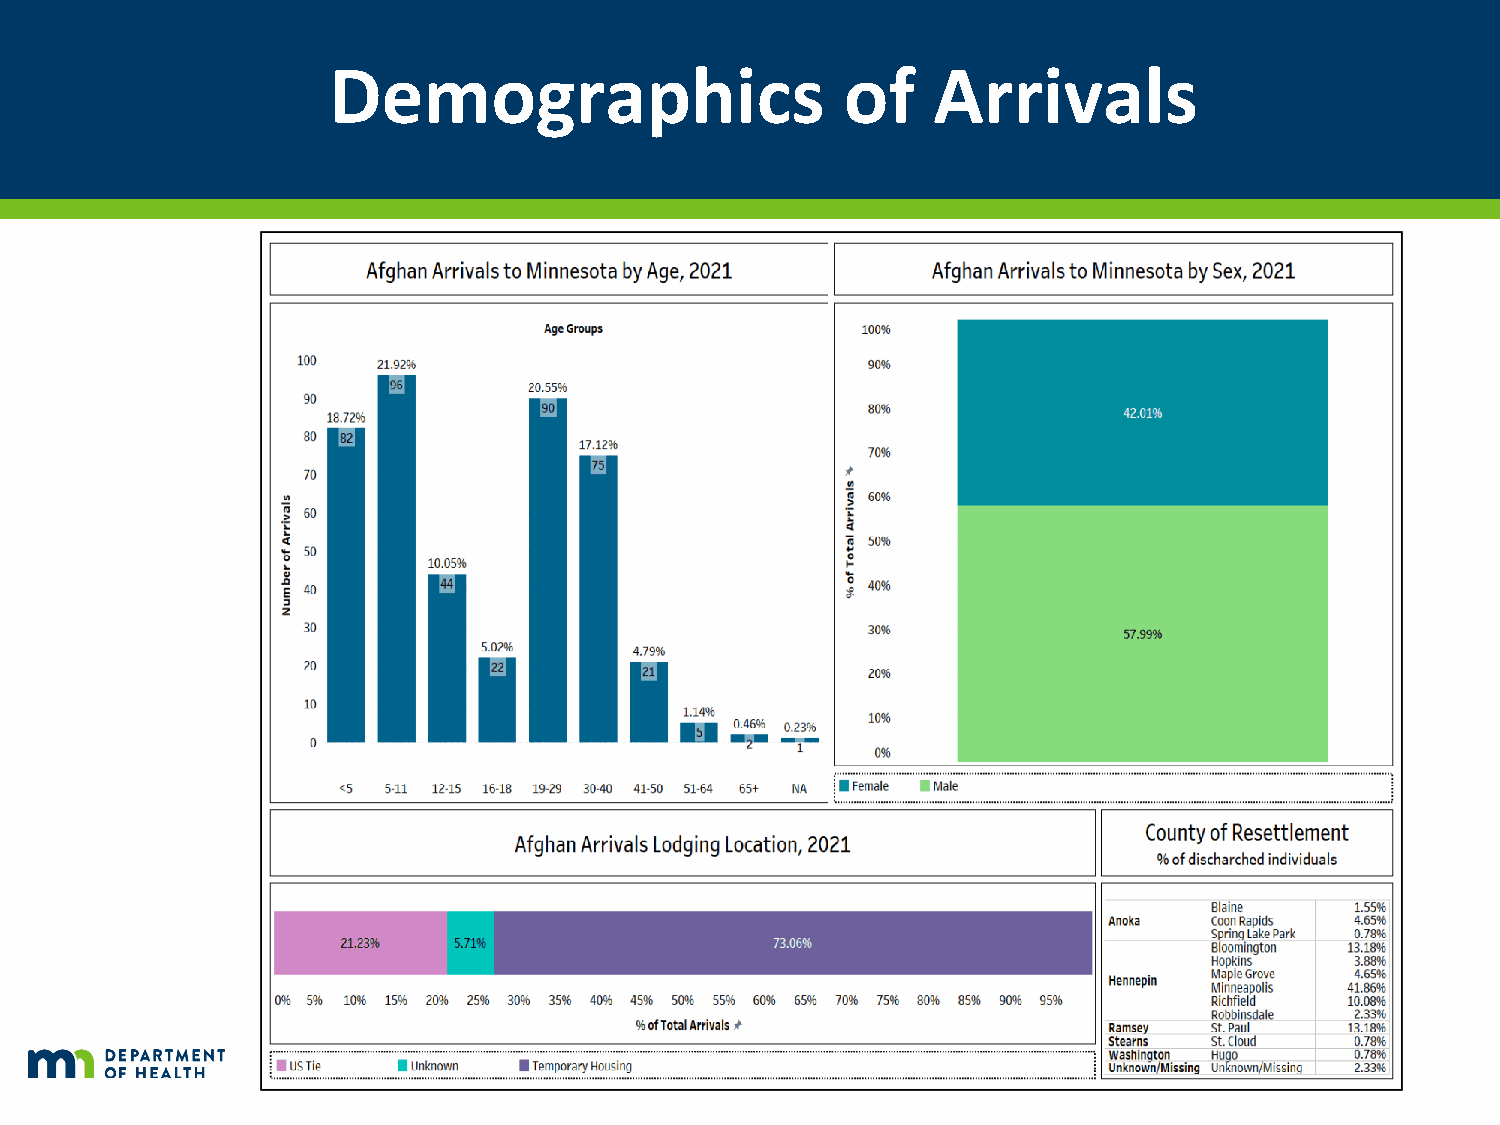
Demographics                      of    Arrivals
 9